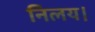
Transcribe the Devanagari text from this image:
निलय।